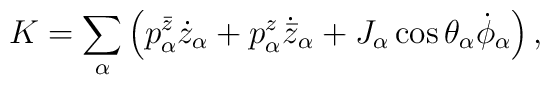
K = \sum_\alpha\left(p^{\bar z}_\alpha \dot z_{\alpha}+p^{z}_\alpha \dot{{\bar z}}_{\alpha}+J_\alpha \cos \theta_\alpha \dot \phi_\alpha\right),